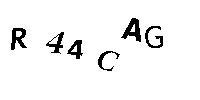
R44CAG